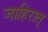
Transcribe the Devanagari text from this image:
जाहिरात्